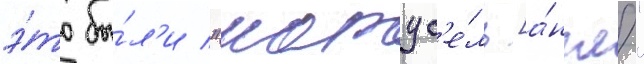
э́то бы́л'и "карус'е́ль [а́нгл."